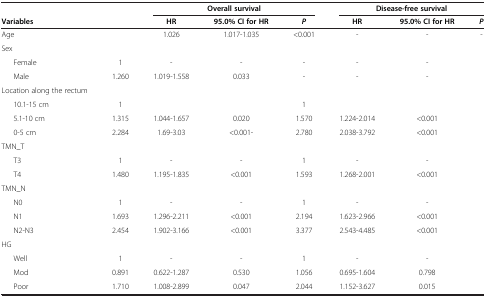
<table><thead><tr><td><b> </b></td><td><b> </b></td><td colspan="3"><b>Overall survival</b></td><td colspan="3"><b>Disease-free survival</b></td></tr><tr><td><b>Variables</b></td><td><b> </b></td><td><b>HR</b></td><td><b>95.0% CI for HR</b></td><td><b><i>P</i></b></td><td><b>HR</b></td><td><b>95.0% CI for HR</b></td><td><b><i>P</i></b></td></tr></thead><tbody><tr><td>Age</td><td> </td><td>1.026</td><td>1.017-1.035</td><td>&lt;0.001</td><td>-</td><td>-</td><td>-</td></tr><tr><td>Sex</td><td> </td><td> </td><td> </td><td> </td><td> </td><td> </td><td> </td></tr><tr><td>Female</td><td>1</td><td>-</td><td>-</td><td>-</td><td>-</td><td> </td><td>-</td></tr><tr><td>Male</td><td>1.260</td><td>1.019-1.558</td><td>0.033</td><td>-</td><td>-</td><td> </td><td>-</td></tr><tr><td>Location along the rectum</td><td> </td><td> </td><td> </td><td> </td><td> </td><td> </td><td> </td></tr><tr><td>10.1-15 cm</td><td>1</td><td> </td><td> </td><td> </td><td>1</td><td> </td><td> </td></tr><tr><td>5.1-10 cm</td><td>1.315</td><td>1.044-1.657</td><td>0.020</td><td>1.570</td><td>1.224-2.014</td><td> </td><td>&lt;0.001</td></tr><tr><td>0-5 cm</td><td>2.284</td><td>1.69-3.03</td><td>&lt;0.001-</td><td>2.780</td><td>2.038-3.792</td><td> </td><td>&lt;0.001</td></tr><tr><td>TMN_T</td><td> </td><td> </td><td> </td><td> </td><td> </td><td> </td><td> </td></tr><tr><td>T3</td><td>1</td><td>-</td><td>-</td><td>1</td><td>-</td><td> </td><td>-</td></tr><tr><td>T4</td><td>1.480</td><td>1.195-1.835</td><td>&lt;0.001</td><td>1.593</td><td>1.268-2.001</td><td> </td><td>&lt;0.001</td></tr><tr><td>TMN_N</td><td> </td><td> </td><td> </td><td> </td><td> </td><td> </td><td> </td></tr><tr><td>N0</td><td>1</td><td>-</td><td>-</td><td>1</td><td>-</td><td> </td><td>-</td></tr><tr><td>N1</td><td>1.693</td><td>1.296-2.211</td><td>&lt;0.001</td><td>2.194</td><td>1.623-2.966</td><td> </td><td>&lt;0.001</td></tr><tr><td>N2-N3</td><td>2.454</td><td>1.902-3.166</td><td>&lt;0.001</td><td>3.377</td><td>2.543-4.485</td><td> </td><td>&lt;0.001</td></tr><tr><td>HG</td><td> </td><td> </td><td> </td><td> </td><td> </td><td> </td><td> </td></tr><tr><td>Well</td><td>1</td><td>-</td><td>-</td><td>1</td><td>-</td><td> </td><td>-</td></tr><tr><td>Mod</td><td>0.891</td><td>0.622-1.287</td><td>0.530</td><td>1.056</td><td>0.695-1.604</td><td> </td><td>0.798</td></tr><tr><td>Poor</td><td>1.710</td><td>1.008-2.899</td><td>0.047</td><td>2.044</td><td>1.152-3.627</td><td>0.015</td><td> </td></tr></tbody></table>